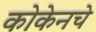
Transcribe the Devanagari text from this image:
कोकेनचे